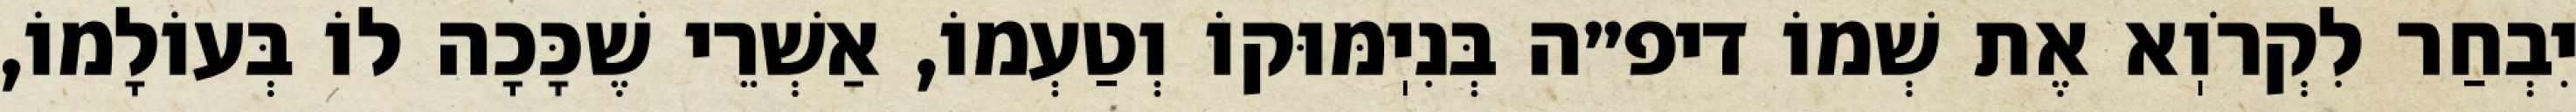
יִבְחַר לִקְרֹוֽא אֶת שְׁמוֹ דיפ״ה בְּנִיֽמּוּקוֹ וְטַעְמוֹ, אַשְׁרֵי שֶׁכָּכָה לוֹ בְּעוֹלָמוֹ,